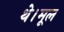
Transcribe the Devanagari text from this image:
थे।मूल